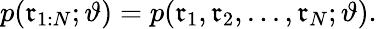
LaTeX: p(\mathfrak{r}_{1:N};\vartheta)=p(\mathfrak{r}_{1},\mathfrak{r}_{2},...,\mathfrak{r}_{N};\vartheta).